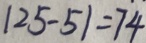
1 2 5 - 5 1 = 7 4